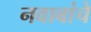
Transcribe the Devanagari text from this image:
नवाबांचे